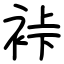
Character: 裃